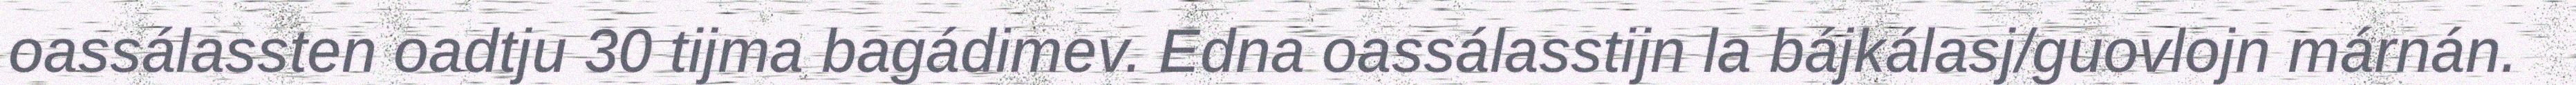
oassálassten oadtju 30 tijma bagádimev. Edna oassálasstijn la bájkálasj/guovlojn márnán.